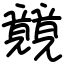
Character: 竸